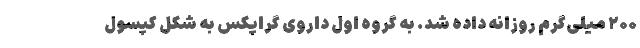
۲۰۰ میلی‌گرم روزانه داده شد. به گروه اول داروی گراپکس به شکل کپسول